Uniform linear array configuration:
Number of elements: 24
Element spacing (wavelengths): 1
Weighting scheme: cosine
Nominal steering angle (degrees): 60
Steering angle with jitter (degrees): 59.73
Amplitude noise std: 0.05
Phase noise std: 0.05

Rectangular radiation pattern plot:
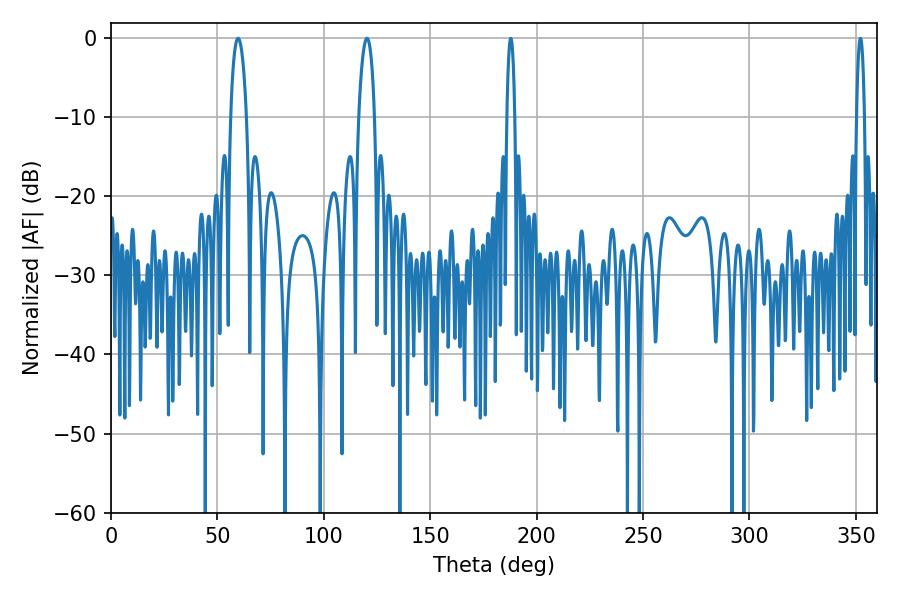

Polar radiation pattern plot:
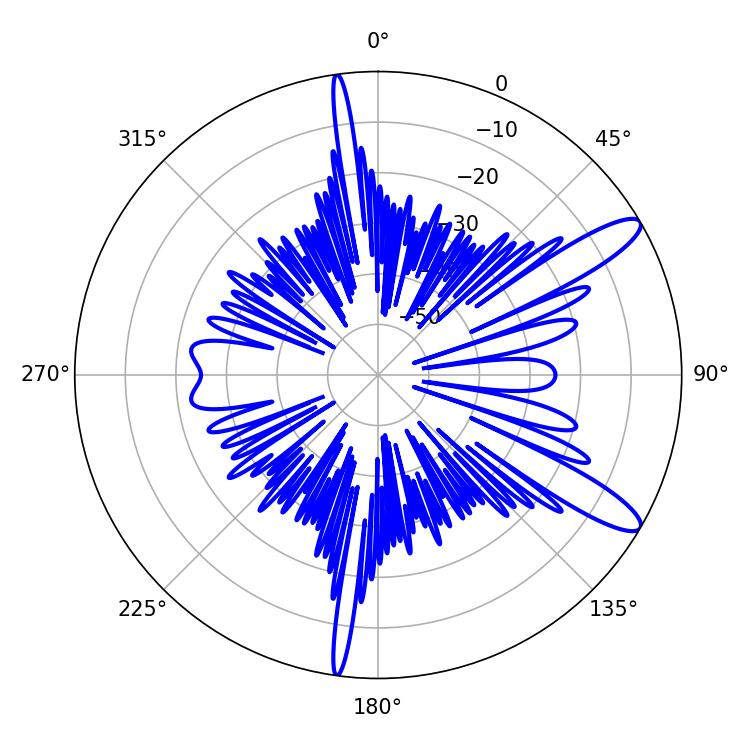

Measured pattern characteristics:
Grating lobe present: TRUE
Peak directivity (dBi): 11.901
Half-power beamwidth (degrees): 4.32
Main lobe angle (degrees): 59.76